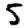
Digit: 5